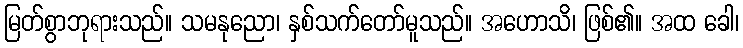
မြတ်စွာဘုရားသည်။ သမနုညော၊ နှစ်သက်တော်မူသည်။ အဟောသိ၊ ဖြစ်၏။ အထ ခေါ၊